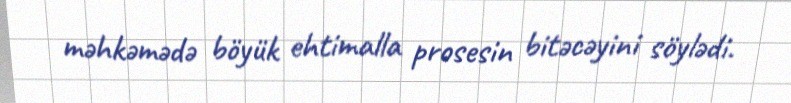
məhkəmədə böyük ehtimalla prosesin bitəcəyini söylədi.